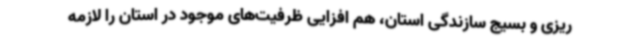
ریزی و بسیج سازندگی استان، هم افزایی ظرفیت‌های موجود در استان را لازمه